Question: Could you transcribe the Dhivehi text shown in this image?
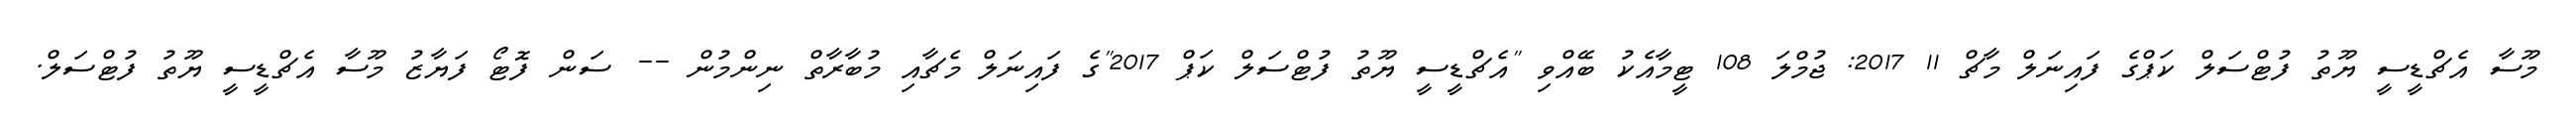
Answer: މޫސާ އެޗްޑީސީ ޔޫތު ފުޓްސަލް ކަޕްގެ ފައިނަލް މާޗް 11 2017: ޖުމްލަ 108 ޓީމާއެކު ބޭއްވި "އެޗްޑީސީ ޔޫތު ފުޓްސަލް ކަޕް 2017"ގެ ފައިނަލް މެޗާއި މުބާރާތް ނިންމުން -- ސަން ފޮޓޯ ފަޔާޒު މޫސާ އެޗްޑީސީ ޔޫތު ފުޓްސަލް.